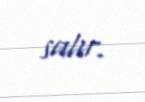
salır.